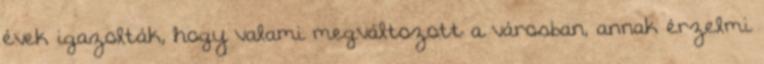
évek igazolták, hogy valami megváltozott a városban, annak érzelmi